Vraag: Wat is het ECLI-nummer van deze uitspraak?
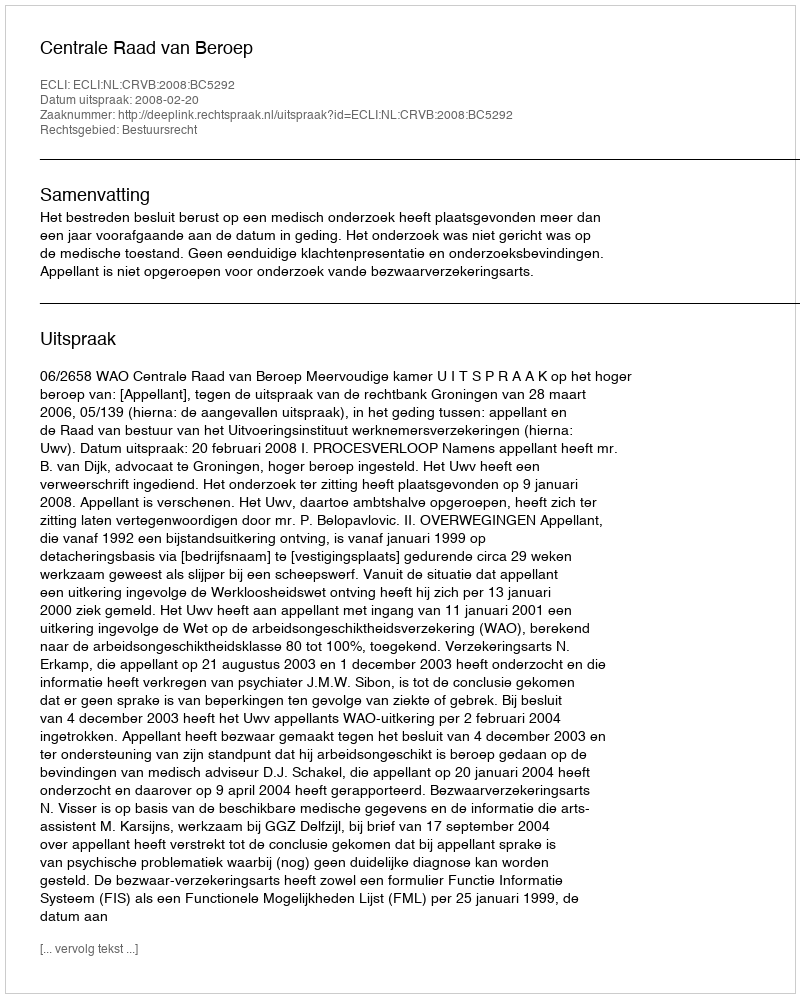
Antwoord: ECLI:NL:CRVB:2008:BC5292